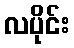
လပိုင်း